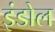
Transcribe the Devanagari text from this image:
इंडोल